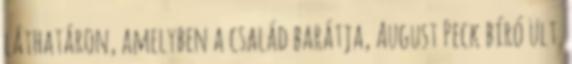
láthatáron, amelyben a család barátja, August Peck bíró ült.